Vabadussoja_Ajaloo_Komitee, lk 80
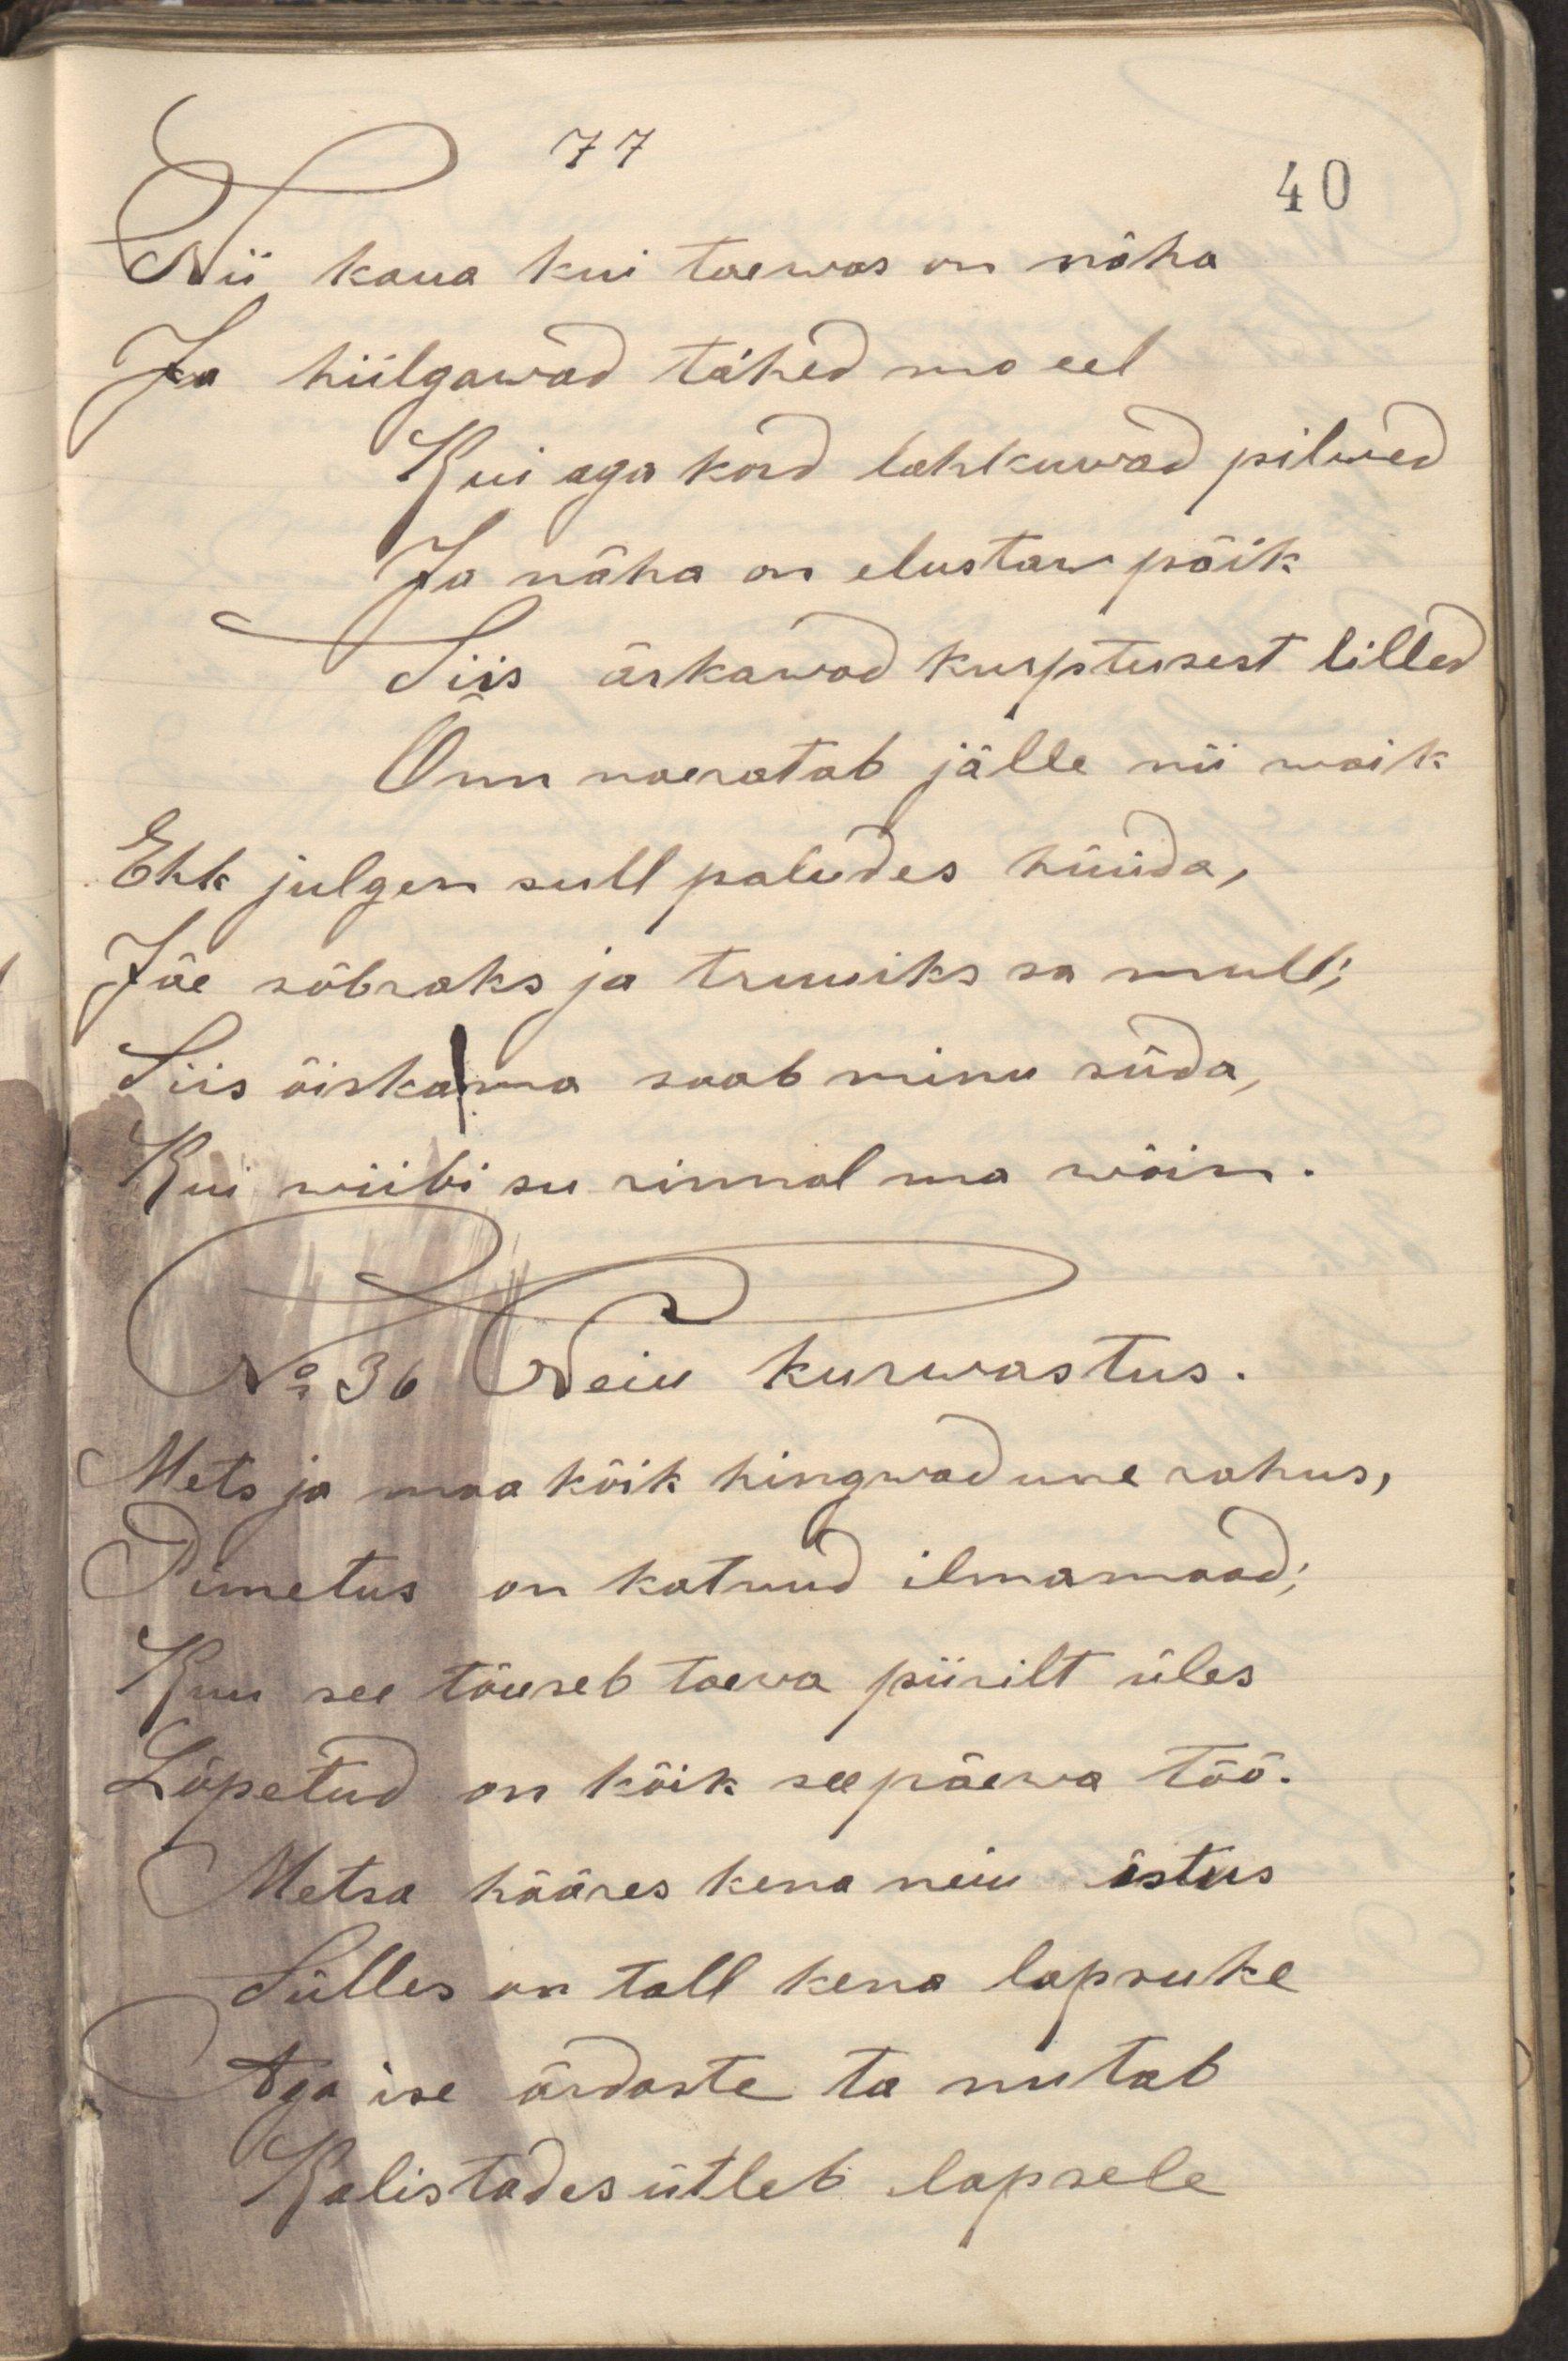
Nii kaua kui taewas on näha
Ja hiilgawad tähed mo eel
Kui aga kord lahkuwad pilwed
Ja näha on elustaw põik
Siis ärkawad kurptusest lilled
Õnn naeratab jälle nii woik
Ehk julgen sull paludes hüüda,
Jäe sõbraks ja truuiks sa mull;
Siis õiskama saab minu süda,
Kui wiibi su rinnal ma wõin.
N:36 Neiu kurwastus.
Mets ja maa kõik hingawad une rahus,
Pimetus on katnud ilmamaad;
Kuu see tõuseb taeva piirilt üles
Lõpetud on kõik see päewa tõõ.
Metsa hääres kena neiu istus
Sülles on tall kena lapsuke
Aga ise õrnaste ta nutab
Kalistades ütleb lapsele